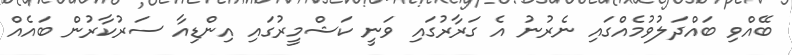
ބޭއްވި ބައްދަލުވުމެއްގައި ނެރުނު އެ ގަރާރުގައި ވަނީ ކަޝްމީރުގައި އިންޑިއާ ސަރުކާރުން ބައެއް